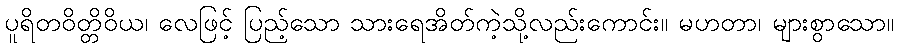
ပူရိတဝိတ္တိဝိယ၊ လေဖြင့် ပြည့်သော သားရေအိတ်ကဲ့သို့လည်းကောင်း။ မဟတာ၊ များစွာသော။